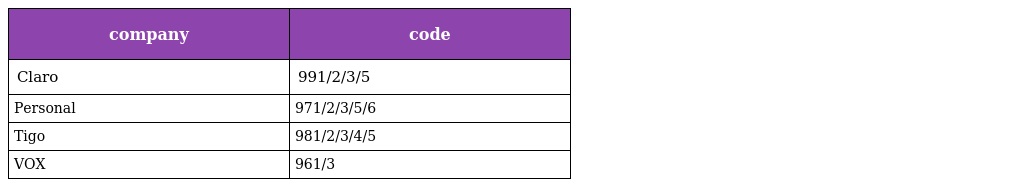
| company | code |
 | --- | --- |
 | Claro | 991/2/3/5 |
 | Personal | 971/2/3/5/6 |
 | Tigo | 981/2/3/4/5 |
 | VOX | 961/3 |